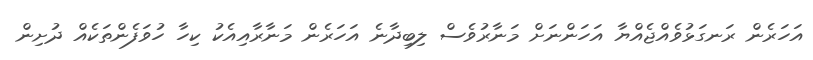
އަހަރެން ރަނގަޅުވެއްޖެއްޔާ އަހަންނަށް މަނާރުވެސް ލިބިދާނެ އަހަރެން މަނާރާއިއެކު ކިހާ ހުވަފެންތަކެއް ދުށިން